Annual vaccination report of Bihar and Orissa - 1911-1928
Year: 1911
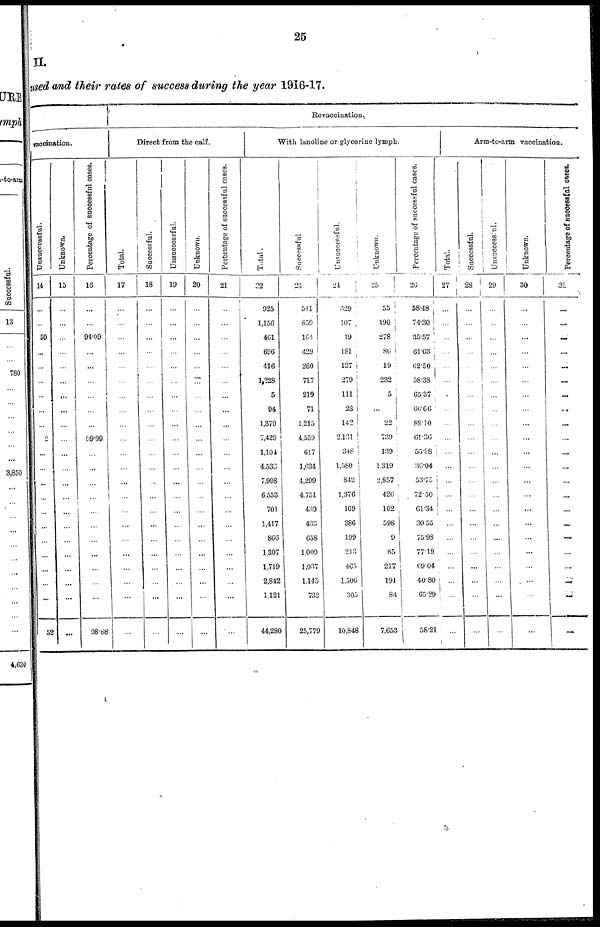
25
II.
used and their rates of success during the year 1916-17.
vaccination.
Unsuccessful.
14
...
...
50
...
...
...
...
...
...
2
...
...
...
...
...
...
...
...
...
...
...
52
Unknown.
15
...
...
...
...
...
...
...
...
...
...
...
...
...
...
...
...
...
...
...
...
...
...
Percentage of successful cases.
16
...
...
94.09
...
...
...
...
...
...
99.99
...
...
...
...
...
...
...
...
...
...
...
98.88
Revaccination.
Direct from the calf.
Total.
17
...
...
...
...
...
...
...
...
...
...
...
...
...
...
...
...
...
...
...
...
...
...
Successful.
18
...
...
...
...
...
...
...
...
...
...
...
...
...
...
...
...
...
...
...
...
...
...
Unsuccessful.
19
...
...
...
...
...
...
...
...
...
...
...
...
...
...
...
...
...
...
...
...
...
...
Unknown.
20
...
...
...
...
...
...
...
...
...
...
...
...
...
...
...
...
...
...
...
...
...
...
Percentage of successful cases.
21
...
...
...
...
...
...
...
...
...
...
...
...
...
...
...
...
...
...
...
...
...
...
With lanoline or glycerine lymph.
Total.
22
925
1,156
461
696
416
1,228
5
94
1,379
7,429
1,104
4,533
7,998
6,553
701
1,417
866
1,307
1,719
2,842
1,121
44,280
Unsuccessful.
23
541
859
164
429
260
717
219
71
1,215
4,559
617
1,634
4,299
4,751
439
438
658
1,009
1,037
1,145
732
25,779
Unsuccessful.
24
329
107
19
181
137
279
111
23
142
2,131
348
1,580
842
1,376
169
386
199
213
465
1,506
305
10,848
Unknown.
25
55
190
278
86
19
232
5
...
22
739
139
1,319
2,857
426
102
598
9
85
217
191
84
7,653
Percentage of successful cases.
26
58.48
74.30
35.57
61.63
62.50
58.38
65.37
66.66
88.10
61.36
55.88
36.04
53.75
72.50
61.34
30.55
75.98
77.19
69.04
40.80
65.29
58.21
Arm-to-arm vaccination.
Total.
27
...
...
...
...
...
...
...
...
...
...
...
...
...
...
...
...
...
...
...
...
...
...
Successful.
28
...
...
...
...
...
...
...
...
...
...
...
...
...
...
...
...
...
...
...
...
...
...
Unsuccessful.
29
...
...
...
...
...
...
...
...
...
...
...
...
...
...
...
...
...
...
...
...
...
...
Unknown.
30
...
...
...
...
...
...
...
...
...
...
...
...
...
...
...
...
...
...
...
...
...
...
Percentage of successful cases.
31
...
...
...
...
...
...
...
..
...
...
...
...
...
...
...
...
...
...
...
...
...
...